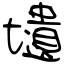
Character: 壝